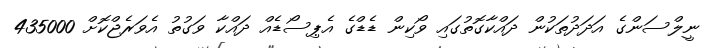
ނީލްސަންގެ އަދަދުތަކުން ދައްކާގޮތުގައި ވޯކިން ޑެޑްގެ އެޕިސޯޑެއް ދައްކާ ވަގުުތު އެވަރެޖްކޮށް 435000